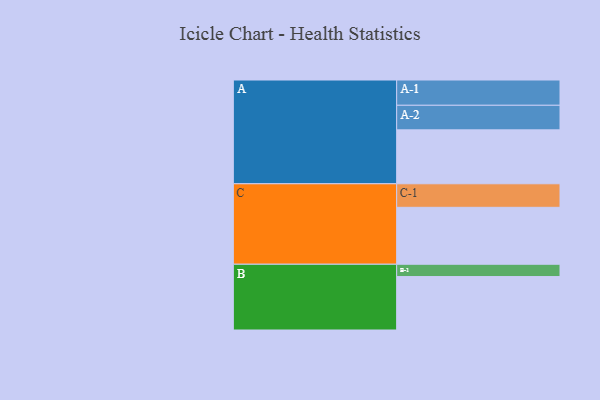
{"axis": {"x": "Segment", "y": "Value"}, "legend": ["", "A", "B", "C"], "data": [{"x": "A", "y": 465, "type": ""}, {"x": "B", "y": 461, "type": ""}, {"x": "C", "y": 491, "type": ""}, {"x": "A-1", "y": 218, "type": "A"}, {"x": "A-2", "y": 212, "type": "A"}, {"x": "B-1", "y": 106, "type": "B"}, {"x": "C-1", "y": 203, "type": "C"}]}